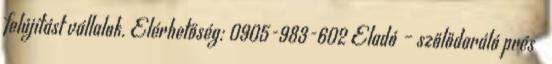
felújítást vállalok. Elérhetőség: 0905-983-602 Eladó – szőlődaráló prés